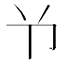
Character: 兯